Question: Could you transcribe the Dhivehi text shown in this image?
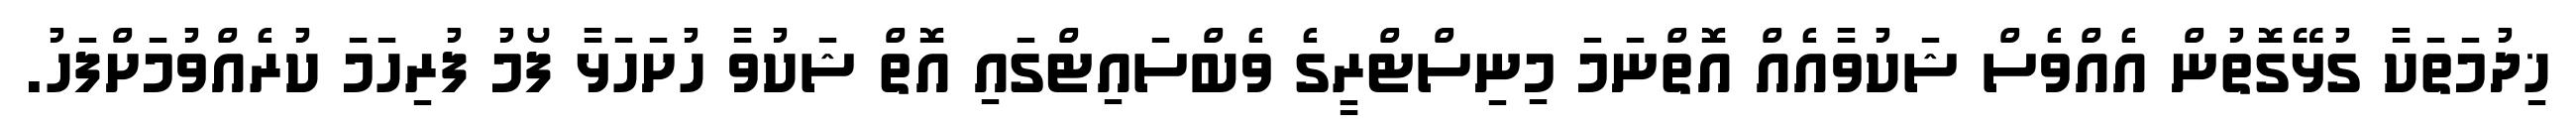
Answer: ޚިދުމަތަކާ ގުޅޭގޮތުން އެއްވެސް ޝަކުވާއެއް އޮތްނަމަ މިނިސްޓްރީގެ ވެބްސައިޓްގައި އޮތް ޝަކުވާ ހުށަހަޅާ ފޯމު ފުރިހަމަ ކުރެއްވުމަށްފަހު.